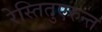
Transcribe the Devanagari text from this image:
रेस्तितुएरुन्त